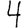
Digit: 4